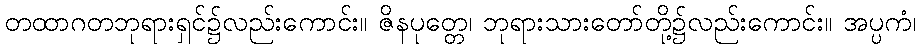
တထာဂတဘုရားရှင်၌လည်းကောင်း။ ဇိနပုတ္တေ၊ ဘုရားသားတော်တို့၌လည်းကောင်း။ အပ္ပကံ၊